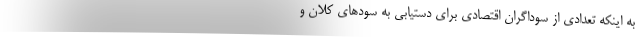
به اینکه تعدادی از سوداگران اقتصادی برای دستیابی به سودهای کلان و